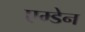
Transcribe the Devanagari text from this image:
एम्डेन